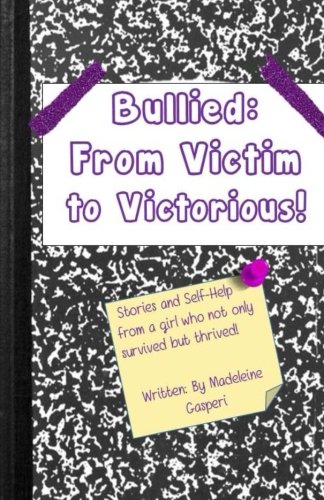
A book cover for Bullied: From Victim to Victorious; Madeleine Gasperi; Teen & Young Adult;